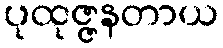
ပုထုဇ္ဇနတာယ